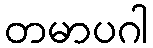
တမာပဂါ